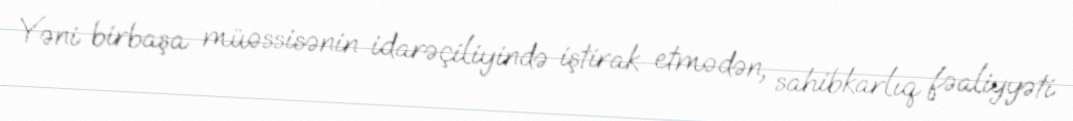
Yəni birbaşa müəssisənin idarəçiliyində iştirak etmədən, sahibkarlıq fəaliyyəti